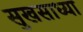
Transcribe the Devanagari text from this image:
सुखसाध्या